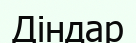
Діндар